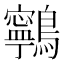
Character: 鸋